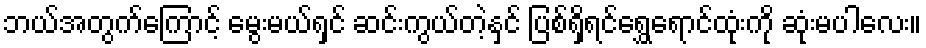
ဘယ်အတွက်ကြောင့် မွေးမယ်ရှင် ဆင်းကွယ်တဲ့နှင် ပြစ်ရှိရင်ရွှေရောင်ထုံးကို ဆုံးမပါလေး။